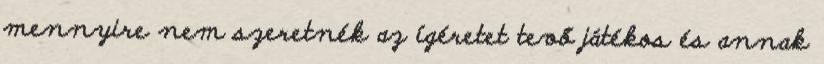
mennyire nem szeretnék az ígéretet tevő játékos és annak